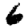
Digit: 6